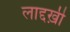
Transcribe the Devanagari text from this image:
लाद्दख़ी